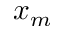
x _ { m }